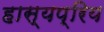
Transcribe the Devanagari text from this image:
हास्यप्रिय